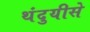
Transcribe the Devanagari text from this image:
थंदुयीसे